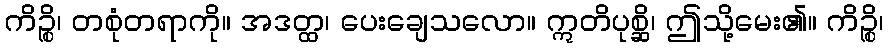
ကိဉ္စိ၊ တစုံတရာကို။ အဒတ္ထ၊ ပေးချေသလော။ ဣတိပုစ္ဆိ၊ ဤသို့မေး၏။ ကိဉ္စိ၊